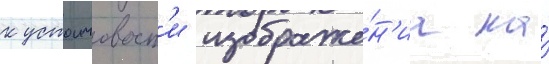
к устоичивост'и изображе́н'иа на́